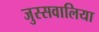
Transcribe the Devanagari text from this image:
जुस्सवालिया